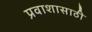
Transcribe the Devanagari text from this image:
प्रवाशासाठी